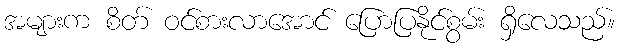
အများက စိတ် ဝင်စားလာအောင် ပြောပြနိုင်စွမ်း ရှိလေသည်။